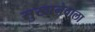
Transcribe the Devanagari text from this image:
सुखानेवाला